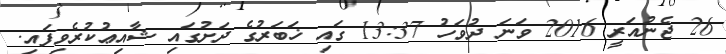
26 ޖެނުއަރީ 2016 ވަނަ ދުވަހު 13:37 ގައި ޚަބަރުގެ ދަށުގައި ޝާއިޢުކުރެވިފައި.